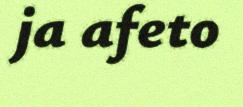
ja afeto